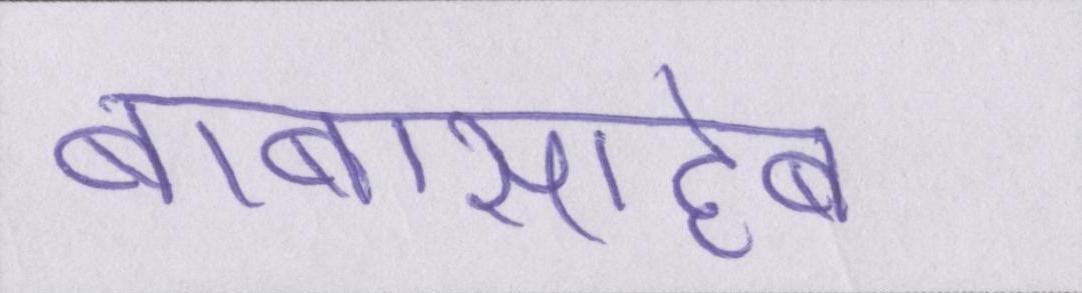
बाबासाहेब